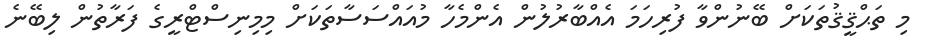
މި ތަޙްޤީޤުތަކަށް ބޭނުންވާ ފުރިހަމަ އެއްބާރުލުން އެންމެހާ މުއައްސަސާތަކަށް މިމިނިސްޓްރީގެ ފަރާތުން ލިބޭނެ